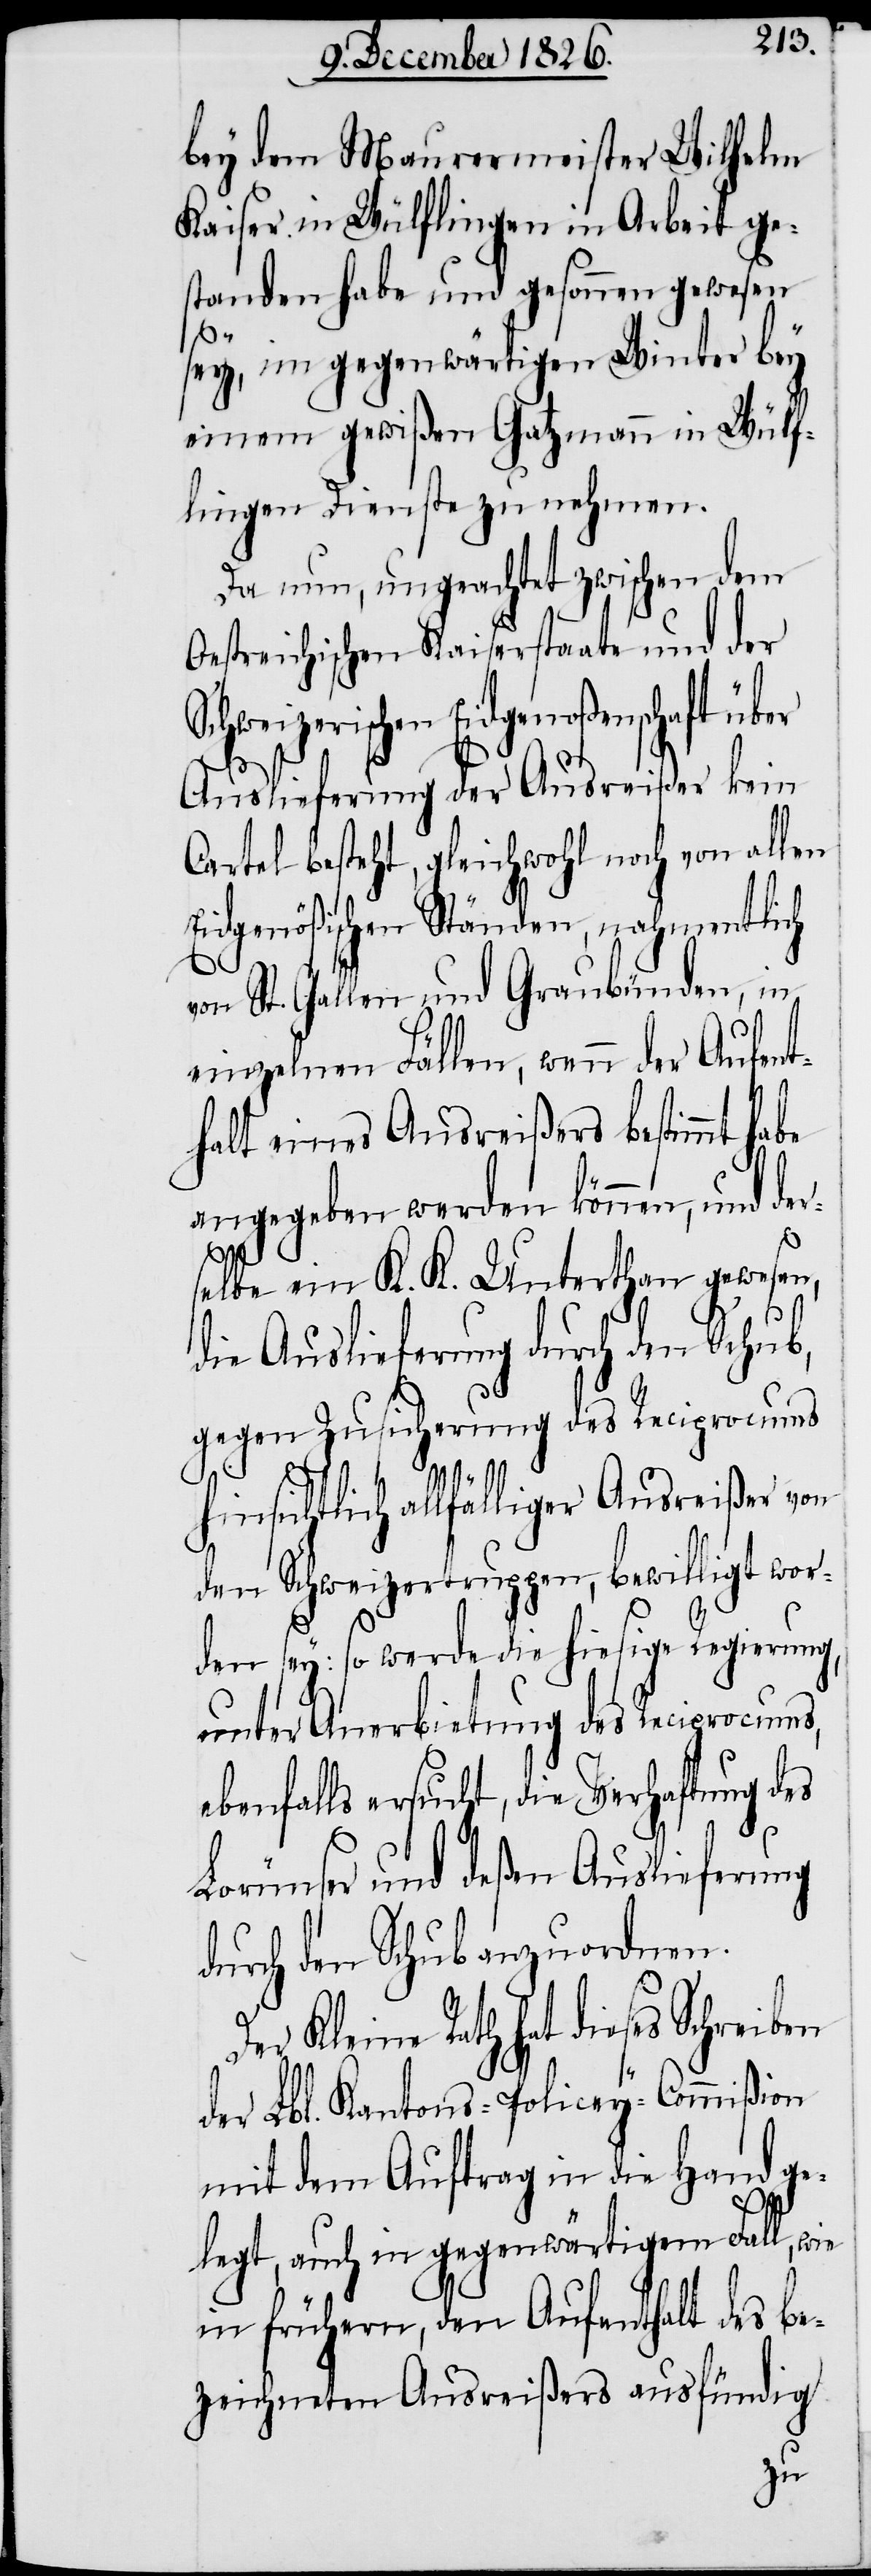
bey dem Maurermeister Wilhelm
Kaiser in Wülflingen in Arbeit ge¬
standen habe und gesonnen gewesen
sey, im gegenwärtigen Winter bey
einem gewißen Gatzmann in Wülf¬
lingen Dienste zu nehmen.
Da nun, ungeachtet zwischen dem
Oestreichischen Kaiserstaate und der
Schweizerischen Eidgenoßenschaft über
Auslieferung der Ausreißer kein
Cartel besteht, gleichwohl noch von allen
Eidgenößischen Ständen, nahmentlich
von St. Gallen und Graubünden, in
einzelnen Fällen, wenn der Aufent¬
halt eines Ausreißers bestimmt habe
angegeben werden können, und der¬
selbe ein K. K. Unterthan gewesen,
die Auslieferung durch den Schub,
gegen Zusicherung des Reciprocums
hinsichtlich allfälliger Ausreißer von
den Schweizertruppen, bewilligt wor¬
den sey: so werde die hiesige Regierung,
unter Anerbietung des Reciprocums,
ebenfalls ersucht, die Verhaftung des
Lorünser und deßen Auslieferung
durch den Schub anzuordnen.
Der Kleine Rath hat dieses Schreiben
der Lbl. Kantons-Policey-Commißion
mit dem Auftrag in die Hand ge¬
legt, auch in gegenwärtigem Fall, wie
in frühern, den Aufenthalt des be¬
zeichneten Ausreißers ausfündig